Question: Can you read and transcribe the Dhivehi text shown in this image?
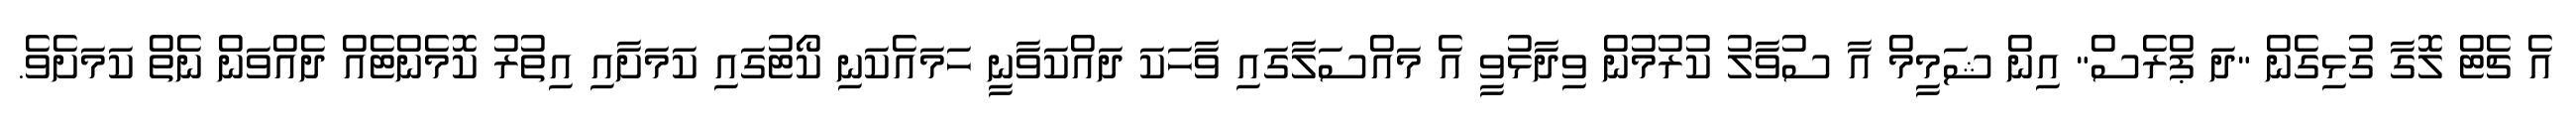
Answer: އެ ޗެޓް ލޮގާ ގުޅިގެން "ދަ ޕްރެސް" އިން ޝަމީމް އާ ސުވާލު ކުރުމުން ވިދާޅުވީ އެ މައްސަލާގައި ވާހަކަ ދައްކަވާނީ ހަމައެކަނި ކޯޓުގައި ކަމަށާއި އިތުރު ކޮމެންޓެއް ދެއްވަން ނެތް ކަމަށެވެ.